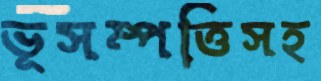
ভূসম্পত্তিসহ